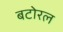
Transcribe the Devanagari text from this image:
बटोरल